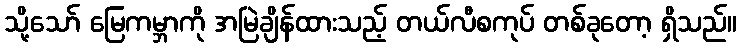
သို့သော် မြေကမ္ဘာကို အမြဲချိန်ထားသည့် တယ်လီစကုပ် တစ်ခုတော့ ရှိသည်။